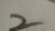
2